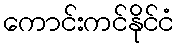
ကောင်းကင်နိုင်ငံ